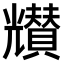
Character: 𠓒